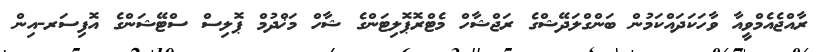
ރާއްޖެއެމްވީއާ ވާހަކަދައްކަމުން ބަންގްލަދޭޝްގެ ރަޖްޝާހް މެޓްރޮޕޮލިޓަންގެ ޝާހް މަޚްދުމް ޕޮލިސް ސްޓޭޝަންގެ އޮފިސަރ-އިން